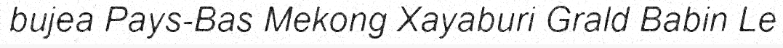
bujea Pays-Bas Mekong Xayaburi Grald Babin Le